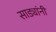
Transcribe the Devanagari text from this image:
साड्यांनी